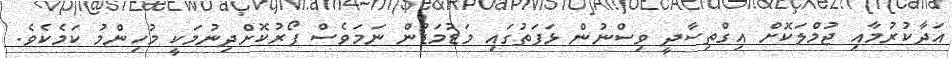
އަދާކުރުމާއި ޖުމްލަކޮށް އިގްތިސާދީ ވިސްނުން ޅަފަތުގައި މަޑުމަޑުން ނަމަވެސް ފޯރުކޮށްދިނުމަކީ މުހިންމު ކަމެކެވެ.